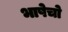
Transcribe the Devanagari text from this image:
भाषेचो